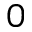
0